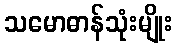
သမောဓာန်သုံးမျိုး